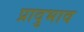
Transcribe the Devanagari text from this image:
प्रादुभाव